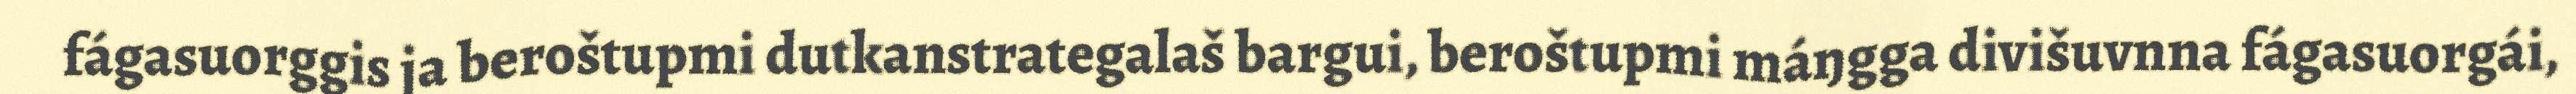
fágasuorggis ja beroštupmi dutkanstrategalaš bargui, beroštupmi máŋgga divišuvnna fágasuorgái,